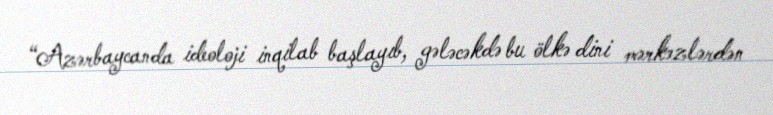
“Azərbaycanda ideoloji inqilab başlayıb, gələcəkdə bu ölkə dini mərkəzlərdən